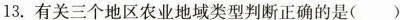
13.有关三个地区农业地域类型判断正确的是( )